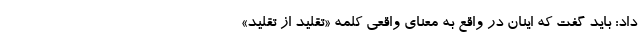
داد: باید گفت که اینان در واقع به معنای واقعی کلمه «تقلید از تقلید»